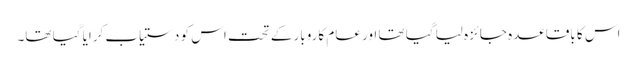
اس کا باقاعدہ جائزہ لیا گیا تھا اور عام کاروبار کے تحت اس کو دستیاب کرایا گیا تھا۔